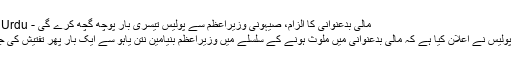
مالی بدعنوانی کا الزام، صیہونی وزیراعظم سے پولیس تیسری بار پوچھ گچھ کرے گی - Sahar Urdu
صیہونی پولیس نے اعلان کیا ہے کہ مالی بدعنوانی میں ملوث ہونے کے سلسلے میں وزیراعظم بنیامین نتن یاہو سے ایک بار پھر تفتیش کی جائے گی۔